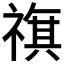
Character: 𥛏